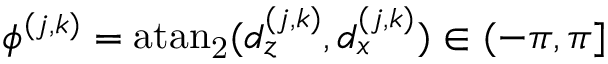
\phi ^ { ( j , k ) } = \mathrm { a t a n _ { 2 } } ( d _ { z } ^ { ( j , k ) } , d _ { x } ^ { ( j , k ) } ) \in ( - \pi , \pi ]